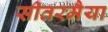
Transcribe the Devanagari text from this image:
सीतरमैया